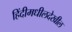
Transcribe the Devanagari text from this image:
हिंदीमधीलदेखील